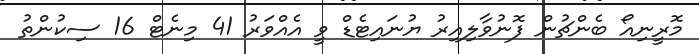
މޮރީނިއޯ ބެންޗުން ފޮނުވާލިއިރު ޔުނައިޓެޑް ވީ އެއްވަރު 41 މިނެޓް 16 ސިކުންތު